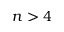
n > 4